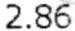
2.86